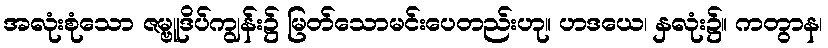
အလုံးစုံသော ဇမ္ဗူဒိပ်ကျွန်း၌ မြတ်သောမင်းပေတည်းဟု။ ဟဒယေ၊ နှလုံး၌။ ကတွာန၊